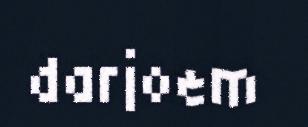
darjoem